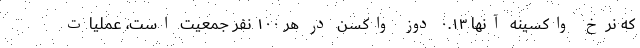
که نرخ واکسینه آنها ۰.۱۳ دوز واکسن در هر ۱۰۰ نفر جمعیت است، عملیات